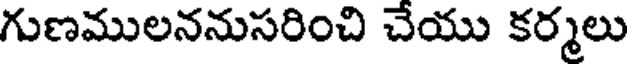
గుణములననుసరించి చేయు కర్మలు